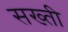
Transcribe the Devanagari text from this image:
सख्‍ती